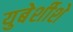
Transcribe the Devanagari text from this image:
युबेर्शीशे